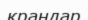
крандар